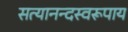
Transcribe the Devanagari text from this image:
सत्यानन्दस्वरूपाय